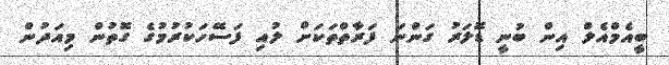
ބީއެމްއެލް އިން ބުނީ ޑޮލަރު ގަންނަ ފަރާތްތަކަށް ލުއި ފަސޭހަކުރުމުގެ ގޮތުން މިއަދުން